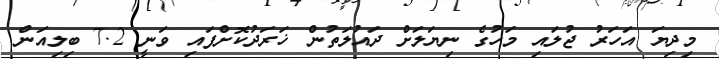
މިދިޔަ އަހަރު ޖުލައި މަހުގެ ނިޔަލަށް ދައުލަތުން ޚަރަދުކޮށްފައި ވަނީ 7.2 ބިލިއަން